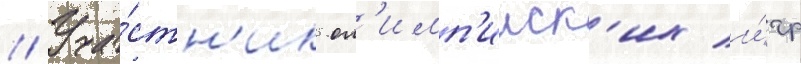
// Уча́стн'ик ол'имп'ииск'их и́гр